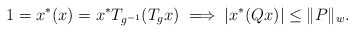
\begin{align*}1=x^*(x)=x^*T_{g^{-1}}(T_gx)\implies |x^*(Qx)|\leq \|P\|_w.\end{align*}